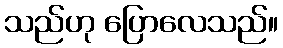
သည်ဟု ပြောလေသည်။